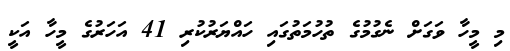
މި މީހާ ވަގަށް ނެގުމުގެ ތުހުމަތުގައި ހައްޔަރުކުރި 41 އަހަރުގެ މީހާ އަކީ